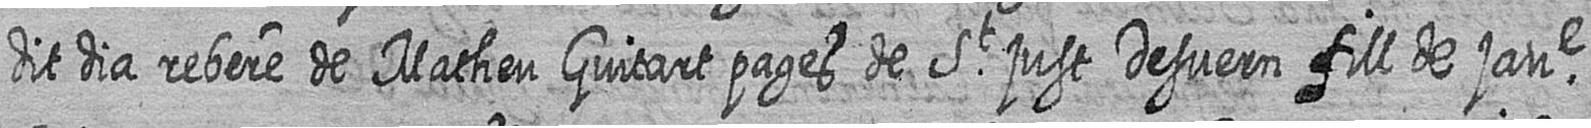
dit dia rebere de Matheu Guitart pages de St just Desvern fill de jaue